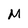
Character: M